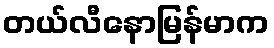
တယ်လီနောမြန်မာက